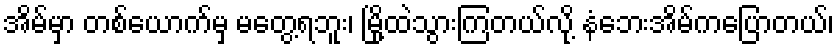
အိမ်မှာ တစ်ယောက်မှ မတွေ့ရဘူး၊ မြို့ထဲသွားကြတယ်လို့ နံဘေးအိမ်ကပြောတယ်၊